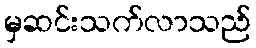
မှဆင်းသက်လာသည်